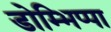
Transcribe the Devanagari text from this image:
डोम्भिप्पा